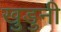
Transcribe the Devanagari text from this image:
खुडुनी